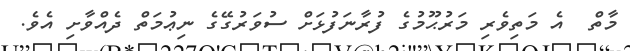
މާތް  އެ މަތިވެރި މަރުޙޫމުގެ ފުރާނަފުޅަށް ސުވަރުގޭގެ ނިޢުމަތް ދެއްވާށި އެވެ.